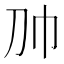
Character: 𰏑